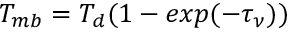
T _ { m b } = T _ { d } ( 1 - e x p ( - \tau _ { \nu } ) )